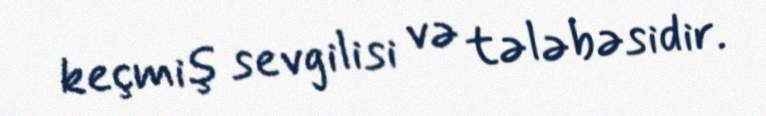
keçmiş sevgilisi və tələbəsidir.